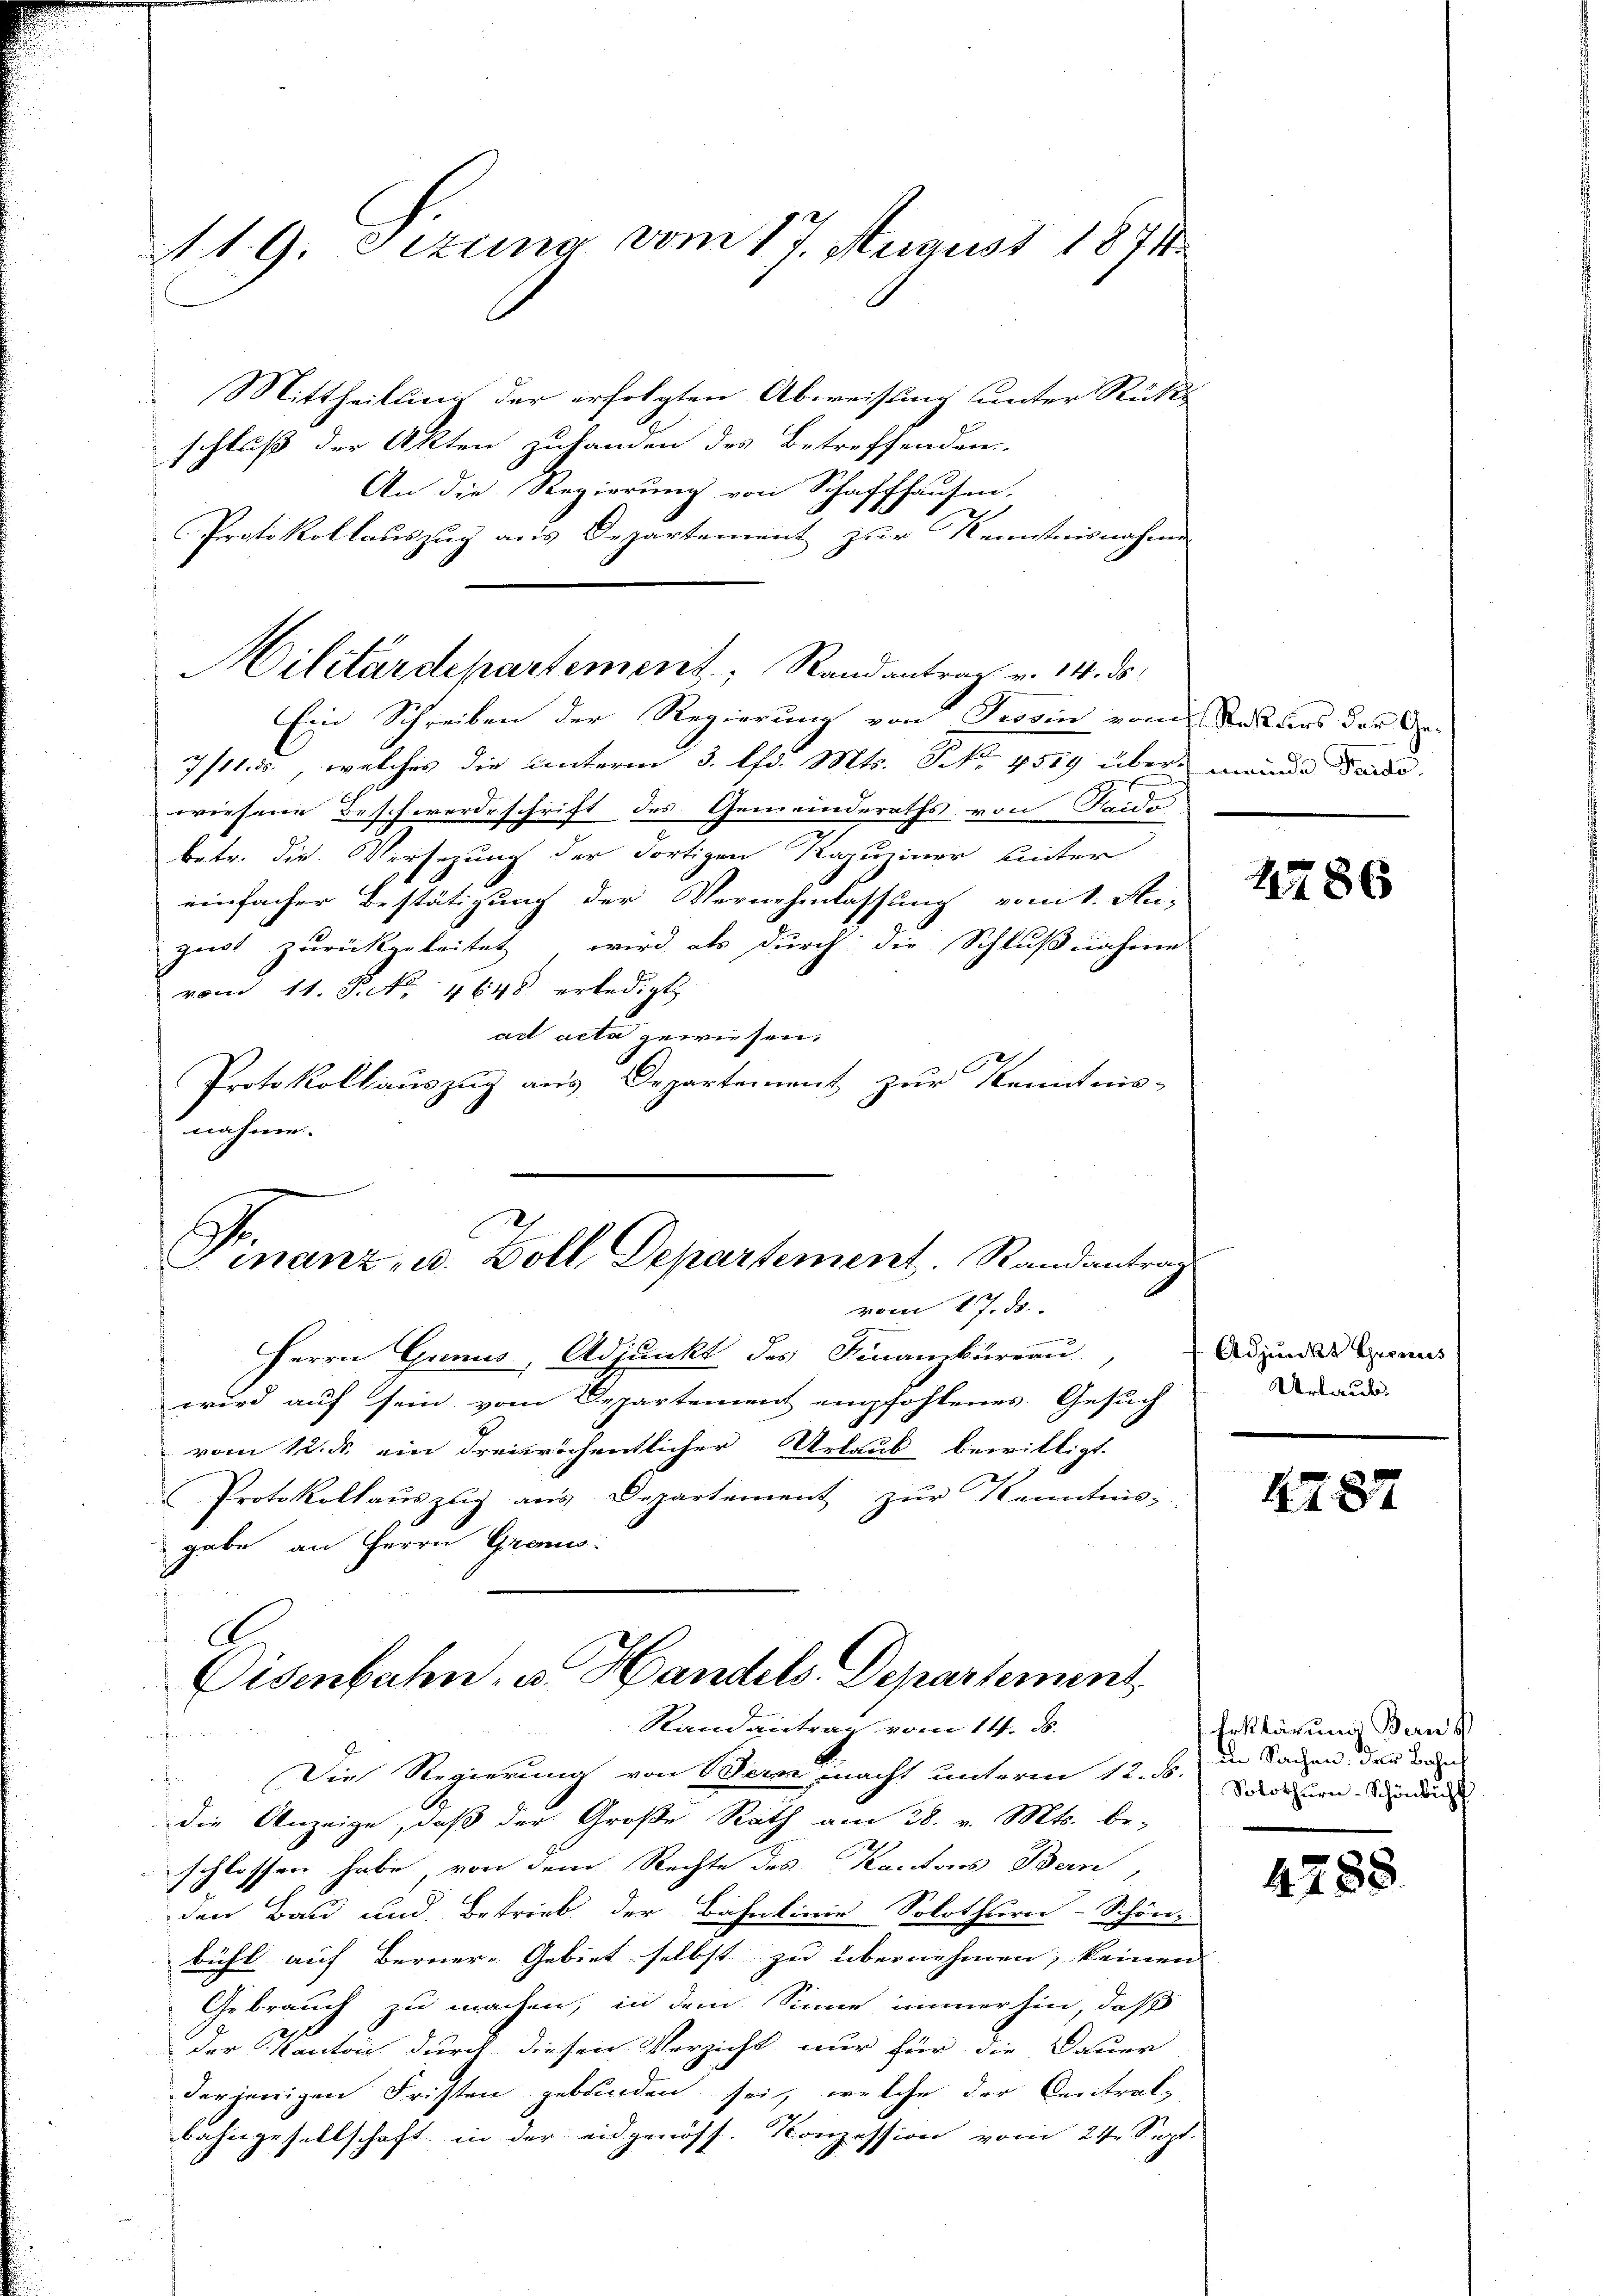
A1. 9. Sezung vom 17. August 1871
Mittheilling der erfolgten Abweisung unter Rüks

schluß der Akten zuhanden des Betreffenden,
An die Regierung von Schaffhausen.
Protokollauszug aus Departement zur Kenntnisnahme
Ein Schreiben der Regierung von Provin vom Rekurs der Ge-
7/11. ds., welches die unterm 3. Chr. Mts. Frk. 4589 über meinde Seide
wiesene Beschwerdeschrift des Gemeinderaths von Seide
betr. die Versetzung der dortigen Kapuziner unter
einfacher Bestätigung der Vernehmlassung vom 1. Au-
guot zurückgeleitet, wird als durch die Schlußnahme
vom 11. P. Nr. 4648 erledigt
act acta gewiesen.
Protokollauszug aus Departement zur Kenntnis-
nahme.
vom 17. ds.
Herrn Grinus, Adjunkt des Finanzkurrau
wird auf sein vom Departement empfohlenes Gesuch
vom 12. ds. ein dreisröchentlicher Urlaub bewilligt.
Protokollaŭszŭg ans Departement zŭr Kenntnis,
gabe an Herrn Greis-
Eisenbahn, u. Handels-Departement
Rand antrag vom 14. ds.
f
Die Regierung von Bern macht unterm 12. ds.
.
die Anzeige, daß der Große Rath am 28. v. Mts. be-
schlossen habe, von dem Rechte des Kantons Bern,
den Bau und Betrieb der Bahnlinie Solothurn-Schön-
bühl auf Berner-Gebiet selbst zu übernehmen, keinen
Gebrauch zu machen, in dem Sinne immerhin, daß
der Kanton durch diesen Verzicht nur für die Dauer
derjenigen Fristen gebunden sei, welche der Centrat-
bahngesellschaft, in der eidgenöss. Konzession vom 21. Sept.

Hilitärdepartement, Randantrag v. 14. ds.

Finanz, u. Zoll, Departement. Randantrag

2286

Adjunkt Gronus
Urlaub

4287

Erklärung den s
in Sachen der Bahns
Solothurn-Schönbichl

4788.